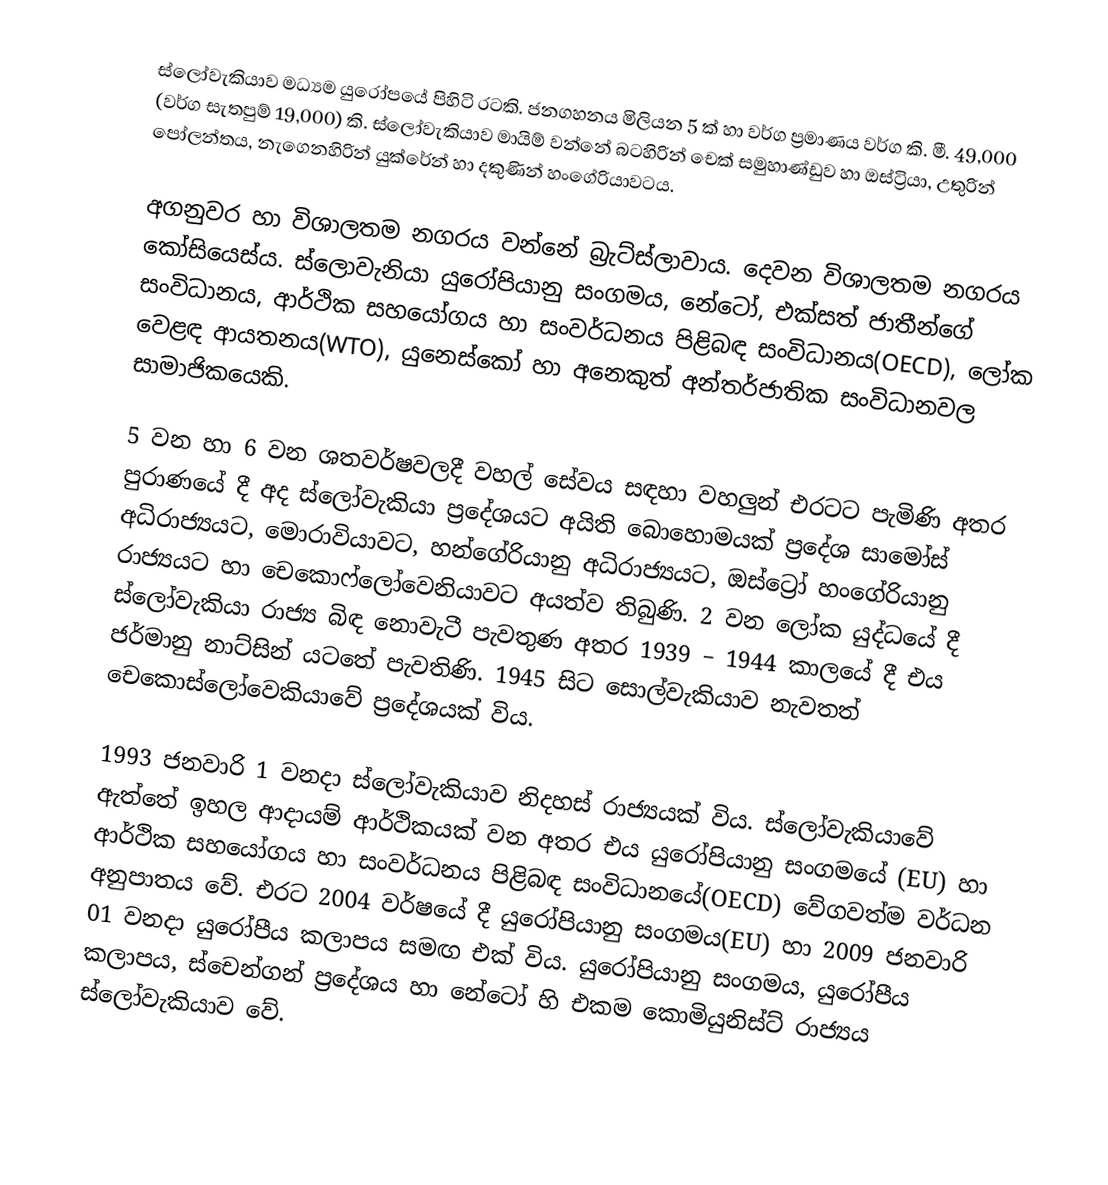
ස්ලෝවැකියාව මධ්‍යම යුරෝපයේ පිහිටි රටකි. ජනගහනය මිලියන 5 ක් හා වර්ග ප්‍රමාණය වර්ග කි. මී. 49,000 (වර්ග සැතපුම් 19,000) කි. ස්ලෝවැකියාව මායිම් වන්නේ බටහිරින් චෙක් සමුහාණ්ඩුව හා ඔස්ට්‍රියා, උතුරින් පෝලන්තය, නැගෙනහිරින් යුක්රේන් හා දකුණින් හංගේරියාවටය.

අගනුවර හා විශාලතම නගරය වන්නේ බ්‍රැට්ස්ලාවාය. දෙවන විශාලතම නගරය කෝසියෙස්ය. ස්ලොවැනියා යුරෝපියානු සංගමය, නේටෝ, එක්සත් ජාතීන්ගේ සංවිධානය, ආර්ථික සහයෝගය හා සංවර්ධනය පිළිබඳ සංවිධානය(OECD), ලෝක වෙළඳ ආයතනය(WTO), යුනෙස්කෝ හා අනෙකුත් අන්තර්ජාතික සංවිධානවල සාමාජිකයෙකි.

5 වන හා 6 වන ශතවර්ෂවලදී වහල් සේවය සඳහා වහලුන් එරටට පැමිණි අතර පුරාණයේ දී අද ස්ලෝවැකියා ප්‍රදේශයට අයිති බොහොමයක් ප්‍රදේශ සාමෝස් අධිරාජ්‍යයට, මොරාවියාවට, හන්ගේරියානු අධිරාජ්‍යයට, ඔස්ට්‍රෝ හංගේරියානු රාජ්‍යයට හා චෙ‍කොෆ්ලෝවෙනියාවට අයත්ව තිබුණි. 2 වන ලෝක යුද්ධයේ දී ස්ලෝවැකියා රාජ්‍ය බිඳ නොවැටී පැවතුණ අතර 1939 – 1944 කාලයේ දී එය ජර්මානු නාට්සින් යටතේ පැවතිණි. 1945 සිට සොල්වැකියාව නැවතත් චෙකොස්ලෝවෙකියාවේ ප්‍රදේශයක් විය.

1993 ජනවාරි 1 වනදා ස්ලෝවැකියාව නිදහස් රාජ්‍යයක් විය. ස්ලෝවැකියාවේ ඇත්තේ ඉහල ආදායම් ආර්ථිකයක් වන අතර එය යුරෝපියානු සංගමයේ (EU) හා ආර්ථික සහයෝගය හා සංවර්ධනය පිළිබඳ සංවිධානයේ(OECD) වේගවත්ම වර්ධන අනුපාතය වේ. එරට 2004 වර්ෂයේ දී යුරෝපියානු සංගමය(EU) හා 2009 ජනවාරි 01 වනදා යුරෝපීය කලාපය සමඟ එක් විය. යුරෝපියානු සංගමය, යුරෝපීය කලාපය, ස්චෙන්ගන් ප්‍රදේශය හා නේටෝ හි එකම කොමියුනිස්ට් රාජ්‍යය ස්ලෝවැකියාව වේ.